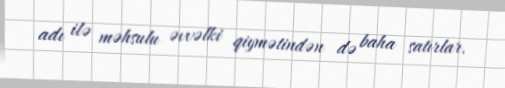
adı ilə məhsulu əvvəlki qiymətindən də baha satırlar.